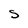
Character: S